Indian journal of veterinary science and animal husbandry - Volume 3,
Year: 1933
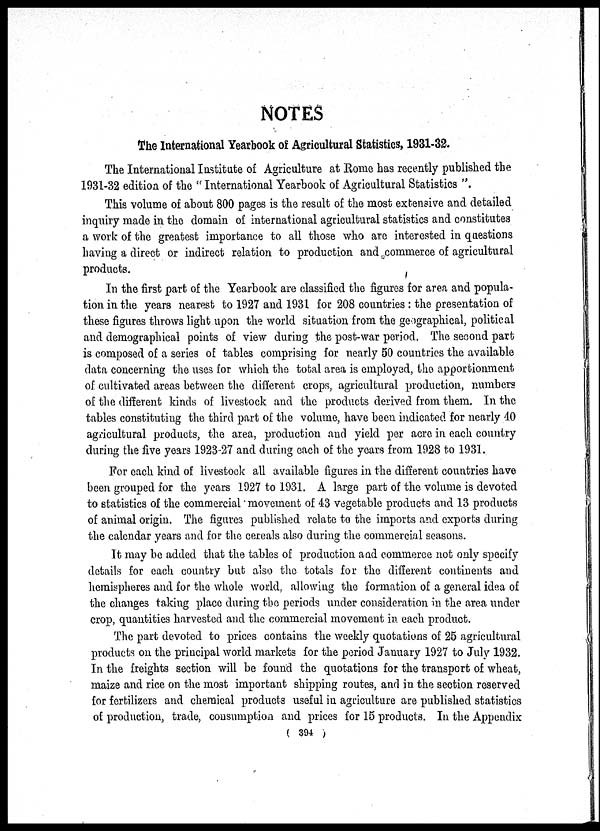
NOTES
The International Yearbook of Agricultural Statistics, 1931-32.
The International Institute of Agriculture at Rome has recently published the
1931-32 edition of the " International Yearbook of Agricultural Statistics ".
This volume of about 800 pages is the result of the most extensive and detailed
inquiry made in the domain of international agricultural statistics and constitutes
a work of the greatest importance to all those who are interested in questions
having a direct or indirect relation to production and commerce of agricultural
products.
In the first part of the Yearbook are classified the figures for area and popula-
tion in the years nearest to 1927 and 1931 for 208 countries : the presentation of
these figures throws light upon the world situation from the geographical, political
and demographical points of view during the post-war period. The second part
is composed of a series of tables comprising for nearly 50 countries the available
data concerning the uses for which, the total area is employed, the apportionment
of cultivated areas between the different crops, agricultural production, numbers
of the different kinds of livestock and the products derived from them. In the
tables constituting the third part of the volume, have been indicated for nearly 40
agricultural products, the area, production and yield per acre in each country
during the five years 1923-27 and during each of the years from 1928 to 1931.
For each kind of livestock all available figures in the different countries have
been grouped for the years 1927 to 1931. A large part of the volume is devoted
to statistics of the commercial movement of 43 vegetable products and 13 products
of animal origin. The figures published relate to the imports and exports during
the calendar years and for the cereals also during the commercial seasons.
It may be added that the tables of production and commerce not only specify
details for each country but also the totals for the different continents and
hemispheres and for the whole world, allowing the formation of a general idea of
the changes taking place during the periods under consideration in the area under
crop, quantities harvested and the commercial movement in each product.
The part devoted to prices contains the weekly quotations of 25 agricultural
products on the principal world markets for the period January 1927 to July 1932.
In the freights section will be found the quotations for the transport of wheat,
maize and rice on the most important shipping routes, and in the section reserved
for fertilizers and chemical products useful in agriculture are published statistics
of production, trade, consumption and prices for 15 products. In the Appendix
( 394 )